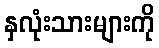
နှလုံးသားများကို